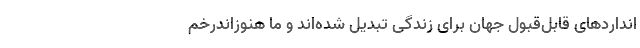
انداردهای قابل‌قبول جهان برای زندگی تبدیل شده‌اند و ما هنوزاندرخم